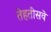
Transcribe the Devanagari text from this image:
तेहतीसवे